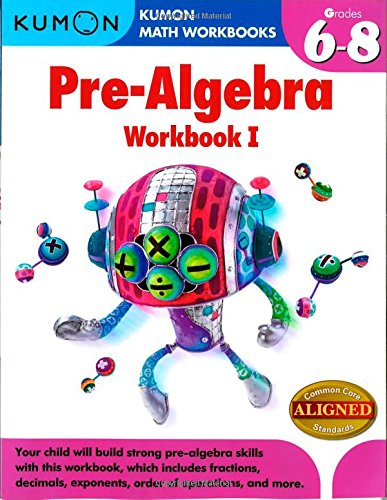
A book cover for Kumon Pre-Algebra Workbook I (Kumon Math Workbooks); Jean-Paul Le Du; Teen & Young Adult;